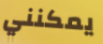
يمكنني